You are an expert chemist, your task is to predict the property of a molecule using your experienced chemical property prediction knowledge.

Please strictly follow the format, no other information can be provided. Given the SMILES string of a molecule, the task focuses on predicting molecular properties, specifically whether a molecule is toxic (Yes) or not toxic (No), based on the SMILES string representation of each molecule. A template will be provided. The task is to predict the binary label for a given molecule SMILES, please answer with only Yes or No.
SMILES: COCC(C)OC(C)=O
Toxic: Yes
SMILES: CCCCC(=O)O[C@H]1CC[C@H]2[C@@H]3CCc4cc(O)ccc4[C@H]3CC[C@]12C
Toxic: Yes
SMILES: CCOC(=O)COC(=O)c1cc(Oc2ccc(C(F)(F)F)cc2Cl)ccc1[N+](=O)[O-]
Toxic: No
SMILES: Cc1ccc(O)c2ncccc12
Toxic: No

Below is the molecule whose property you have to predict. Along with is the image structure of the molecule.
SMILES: C=C1CC[C@H](O)C/C1=C/C=C1\CCC[C@@]2(C)[C@H]1CC[C@@H]2[C@H](C)CCCC(C)(C)O
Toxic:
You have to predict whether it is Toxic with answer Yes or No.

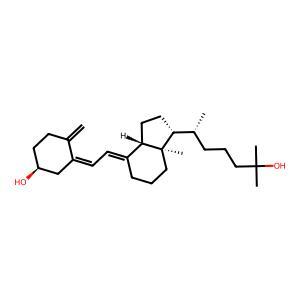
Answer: No